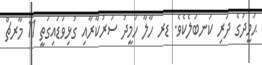
ޙަމީދުގެ ދަރި ކަނބަލެކެވެ. ޑރ ހާލާ ހަމީދު ސަރުކާރާއި ގުޅިވަޑައިގަތީ 11 މާރޗް